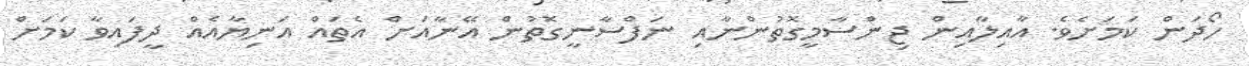
ހޯދަން ކަމަށެވެ. އާއިލާއިން ޖިންސާމީގޮތުންނާއި ނަފްސާނީގޮތުން އޭނާއަށް އެތައް އަނިޔާއެއް ދީފައިވާ ކަމަށް